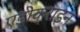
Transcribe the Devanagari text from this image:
एडोक्राइन